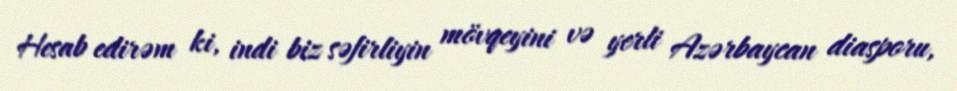
Hesab edirəm ki, indi biz səfirliyin mövqeyini və yerli Azərbaycan diasporu,